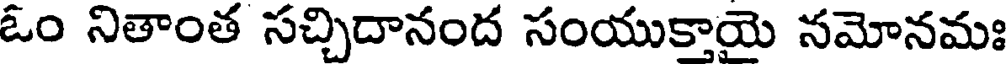
ఓం నితాంత సచ్చిదానంద సంయుకాయె నమోనమః